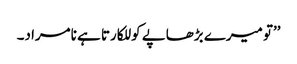
’’تو میرے بڑھاپے کو للکارتا ہے نامراد۔